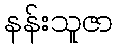
နန်းသူဇာ